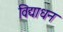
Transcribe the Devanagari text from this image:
विद्याधन